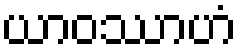
ယာဝဿာဟံ